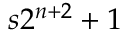
s 2 ^ { n + 2 } + 1